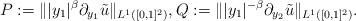
LaTeX: \begin{align*} P:=\||y_1|^{\beta}\partial_{y_1}\tilde{u}\|_{L^1([0, 1]^2)}, Q:=\||y_1|^{-\beta}\partial_{y_2}\tilde{u}\|_{L^1([0, 1]^2)}. \end{align*}